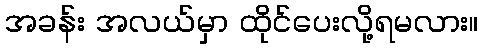
အခန်း အလယ်မှာ ထိုင်ပေးလို့ရမလား။